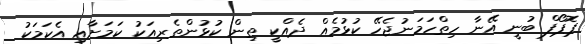
ޕޮޕޯފް ބުނީ އޭނާ ހިތްހަމަނުޖެހޭ ކުޅުމެއް ދެއްކީ ތިން ކުޅުންތެރިއަކު ކަމަށާއި އެކަމަކު